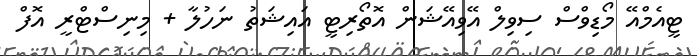
ޓީއެމްއޭ މޯޑިވްސް ސިވިލް އޭވިއޭޝަން އޮތޯރިޓީ އައިޝަތު ނަހުލާ + މިނިސްޓްރީ އޮފް